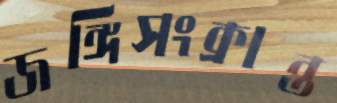
জঙ্গিসংক্রান্ত